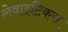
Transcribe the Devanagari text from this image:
लेवाइटिकस